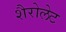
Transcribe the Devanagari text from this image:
शैरोलेट